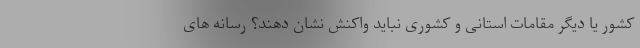
کشور یا دیگر مقامات استانی و کشوری نباید واکنش نشان دهند؟ رسانه های